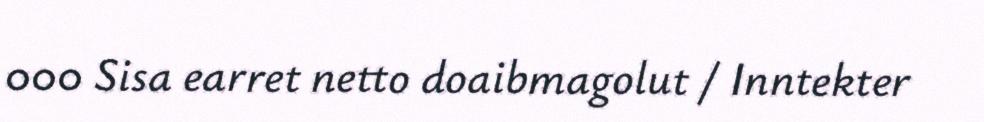
000 Sisa earret netto doaibmagolut / Inntekter